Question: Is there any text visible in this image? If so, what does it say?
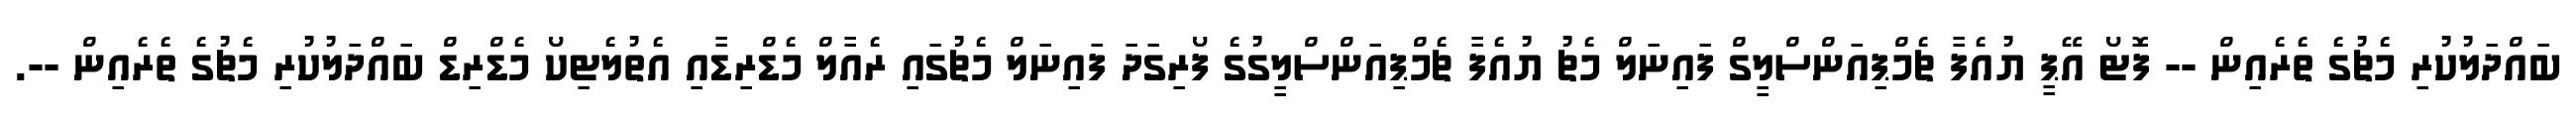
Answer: ބައްދަލުކުރި މެޗުގެ ތެރެއިން -- ފޮޓޯ އޭޕީ ޔުއެފާ ޗެމްޕިއަންސްލީގް ފައިނަލް މެޗު ޔުއެފާ ޗެމްޕިއަންސްލީގުގެ ފޯރިގަދަ ފައިނަލް މެޗުގައި ރެއާލް މެޑްރިޑާއި އެތުލެޓިކޯ މެޑްރިޑް ބައްދަލުކުރި މެޗުގެ ތެރެއިން --.